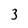
Character: 3